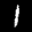
Label: 1